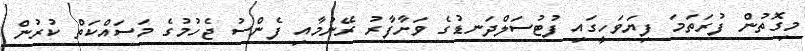
މިގޮތުން ފުރަތަމަ ފިޔަވަހީގައި ފުޓުސަލްދަނޑުގެ ވަށާފާރު ރޭނުމާއި ފެންސު ޖެހުމުގެ މަސައްކަތް ކުރުން